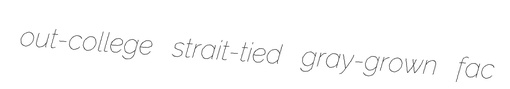
out-college strait-tied gray-grown fac